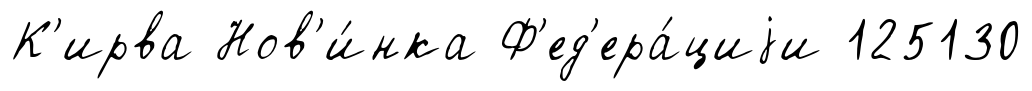
К'ирва Нов'и́нка Ф'ед'ера́циjи 125130